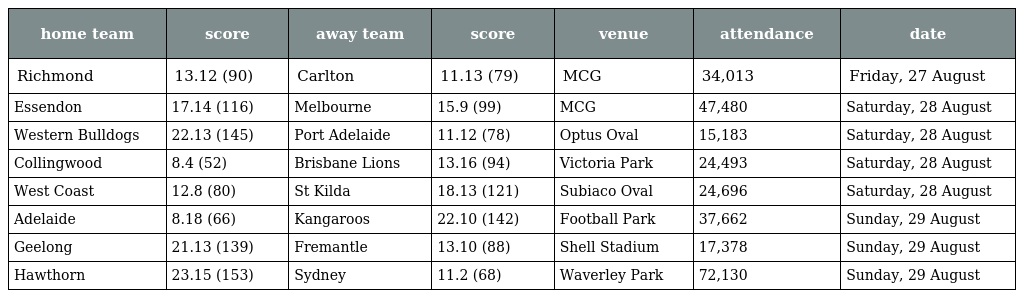
| home team | score | away team | score | venue | attendance | date |
 | --- | --- | --- | --- | --- | --- | --- |
 | Richmond | 13.12 (90) | Carlton | 11.13 (79) | MCG | 34,013 | Friday, 27 August |
 | Essendon | 17.14 (116) | Melbourne | 15.9 (99) | MCG | 47,480 | Saturday, 28 August |
 | Western Bulldogs | 22.13 (145) | Port Adelaide | 11.12 (78) | Optus Oval | 15,183 | Saturday, 28 August |
 | Collingwood | 8.4 (52) | Brisbane Lions | 13.16 (94) | Victoria Park | 24,493 | Saturday, 28 August |
 | West Coast | 12.8 (80) | St Kilda | 18.13 (121) | Subiaco Oval | 24,696 | Saturday, 28 August |
 | Adelaide | 8.18 (66) | Kangaroos | 22.10 (142) | Football Park | 37,662 | Sunday, 29 August |
 | Geelong | 21.13 (139) | Fremantle | 13.10 (88) | Shell Stadium | 17,378 | Sunday, 29 August |
 | Hawthorn | 23.15 (153) | Sydney | 11.2 (68) | Waverley Park | 72,130 | Sunday, 29 August |